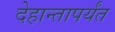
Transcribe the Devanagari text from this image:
देहान्तापर्यंत